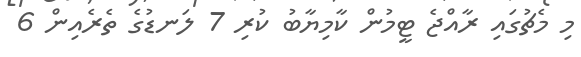
މި މެޗުގައި ރާއްޖެ ޓީމުން ކާމިޔާބު ކުރި 7 ލަނޑުގެ ތެރެއިން 6